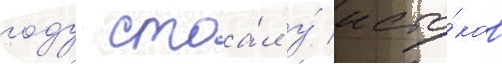
году стоа́л у́ исто́ков